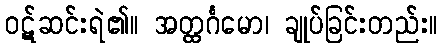
ဝဋ်ဆင်းရဲ၏။ အတ္ထင်္ဂမော၊ ချုပ်ခြင်းတည်း။